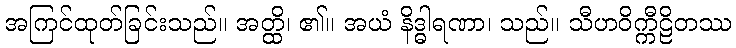
အကြင်ထုတ်ခြင်းသည်။ အတ္ထိ၊ ၏။ အယံ နိဒ္ဓါရဏာ၊ သည်။ သီဟဝိက္ကီဠိတဿ